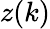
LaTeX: z(k)